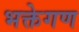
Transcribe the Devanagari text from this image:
भक्तेगण